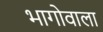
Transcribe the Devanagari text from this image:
भागोवाला